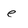
Character: e